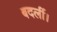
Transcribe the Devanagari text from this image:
बदलीं।